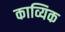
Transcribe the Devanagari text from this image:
काव्यिक